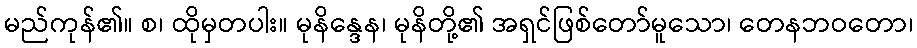
မည်ကုန်၏။ စ၊ ထိုမှတပါး။ မုနိန္ဒေန၊ မုနိတို့၏ အရှင်ဖြစ်တော်မူသော၊ တေနဘဝတော၊